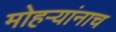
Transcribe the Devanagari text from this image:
मोहऱ्यांनाच